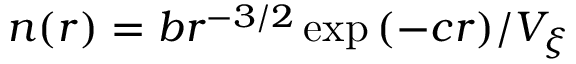
n ( r ) = b r ^ { - 3 / 2 } \exp { ( - c r ) } / V _ { \xi }